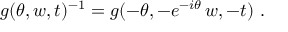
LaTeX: g ( \theta , w , t ) ^ { - 1 } = g ( - \theta , - e ^ { - i \theta } \, w , - t ) ~ .